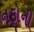
નફોની